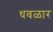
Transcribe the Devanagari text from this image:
धवळार